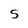
Character: S